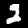
Label: 2